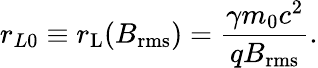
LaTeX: r_{L0}\equiv r_{\mathrm{L}}(B_{\mathrm{rms}})=\frac{\gamma m_{0}c^{2}}{qB_{\mathrm{rms}}}.